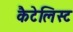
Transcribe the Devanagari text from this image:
कैटेलिस्ट